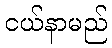
ငယ်နာမည်